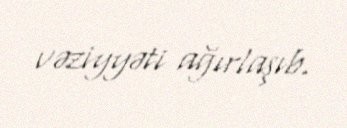
vəziyyəti ağırlaşıb.